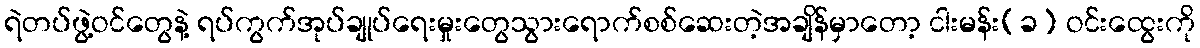
ရဲတပ်ဖွဲ့ဝင်တွေနဲ့ ရပ်ကွက်အုပ်ချုပ်ရေးမှုးတွေသွားရောက်စစ်ဆေးတဲ့အချိန်မှာတော့ ငါးမန်း(ခ) ဝင်းထွေးကို